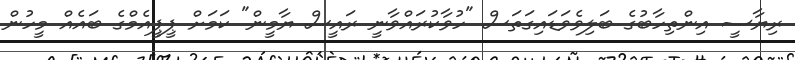
ރިޔާސީ އިންތިހާބުގެ ބަލިވެވަޑައިގަތަސް "ހުވާކުރައްވާނީ ރައީސް ޔާމީން" ކަމަށް ޕީޕީއެމްގެ ބައެއް މީހުން